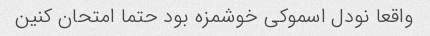
واقعا نودل اسموکی خوشمزه بود حتما امتحان کنین